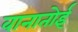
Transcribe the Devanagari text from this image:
वानातोई